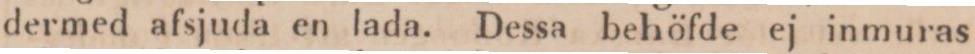
dermed afsjuda en lada. Dessa behöfde ej inmuras